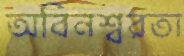
অবিনশ্বরতা